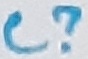
Text: C?